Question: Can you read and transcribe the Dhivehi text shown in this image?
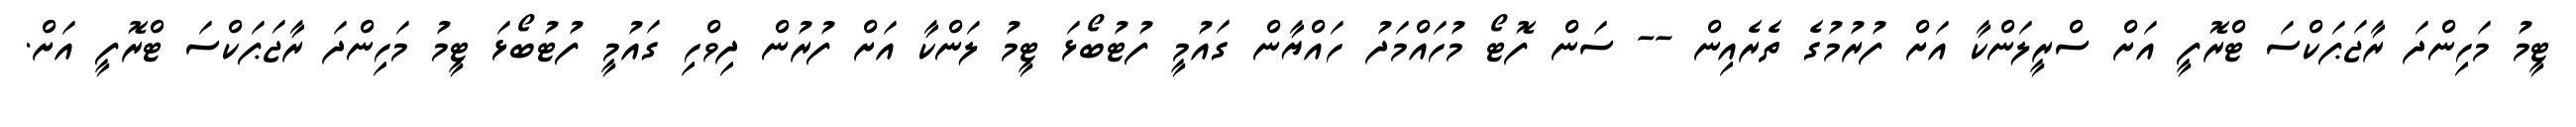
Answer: ޓީމު މަހިންދަ ރާޖަޕަކްސަ ޓްރޮފީ އަށް ސްރީލަންކާ އަށް ފުރުމުގެ ތެރެއިން -- ސަން ފޮޓޯ މުހައްމަދު ހައްޔާން ގައުމީ ފުޓުބޯޅަ ޓީމު ލަންކާ އަށް ފުރުން ދިވްހި ގައުމީ ފުޓުބޯޅަ ޓީމު މަހިންދަ ރާޖަޕަކްސަ ޓްރޮފީ އަށް.